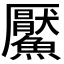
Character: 𩼴